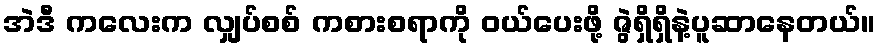
အဲဒီ ကလေးက လျှပ်စစ် ကစားစရာကို ဝယ်ပေးဖို့ ဇွဲရှိရှိနဲ့ပူဆာနေတယ်။